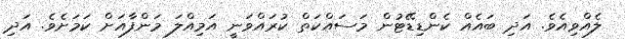
ލެއްވިއެވެ. އަދި ބައެއް ކެންޑިޑޭޓުން މަސައްކަތް ކުރައްވަނީ އަމިއްލަ މަންފާއަށް ކަމަށެވެ. އަދި